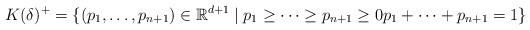
LaTeX: \begin{align*}K(\delta)^{+}=\{(p_{1},\ldots,p_{n+1})\in\mathbb{R}^{d+1}\mid p_{1}\geq\cdots\geq p_{n+1}\geq0p_{1}+\cdots+p_{n+1}=1\}\end{align*}